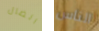
الضال الناس